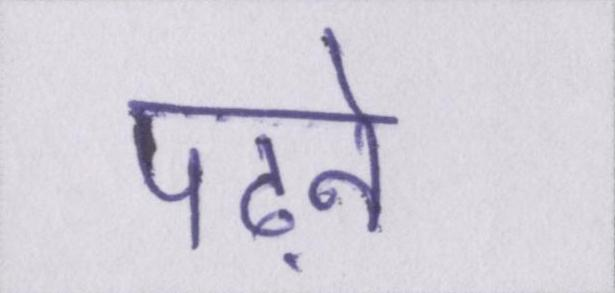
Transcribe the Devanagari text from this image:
पढ़ने